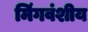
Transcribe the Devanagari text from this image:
मिंगवंशीय